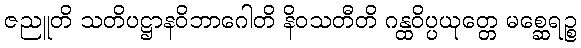
ဇညူတိ သတိပဋ္ဌာနဝိဘာဂေါတိ နိဝသတီတိ ဂန္ထဝိပ္ပယုတ္တေ မစ္ဆေရဉ္စ